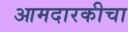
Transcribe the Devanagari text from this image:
आमदारकीचा